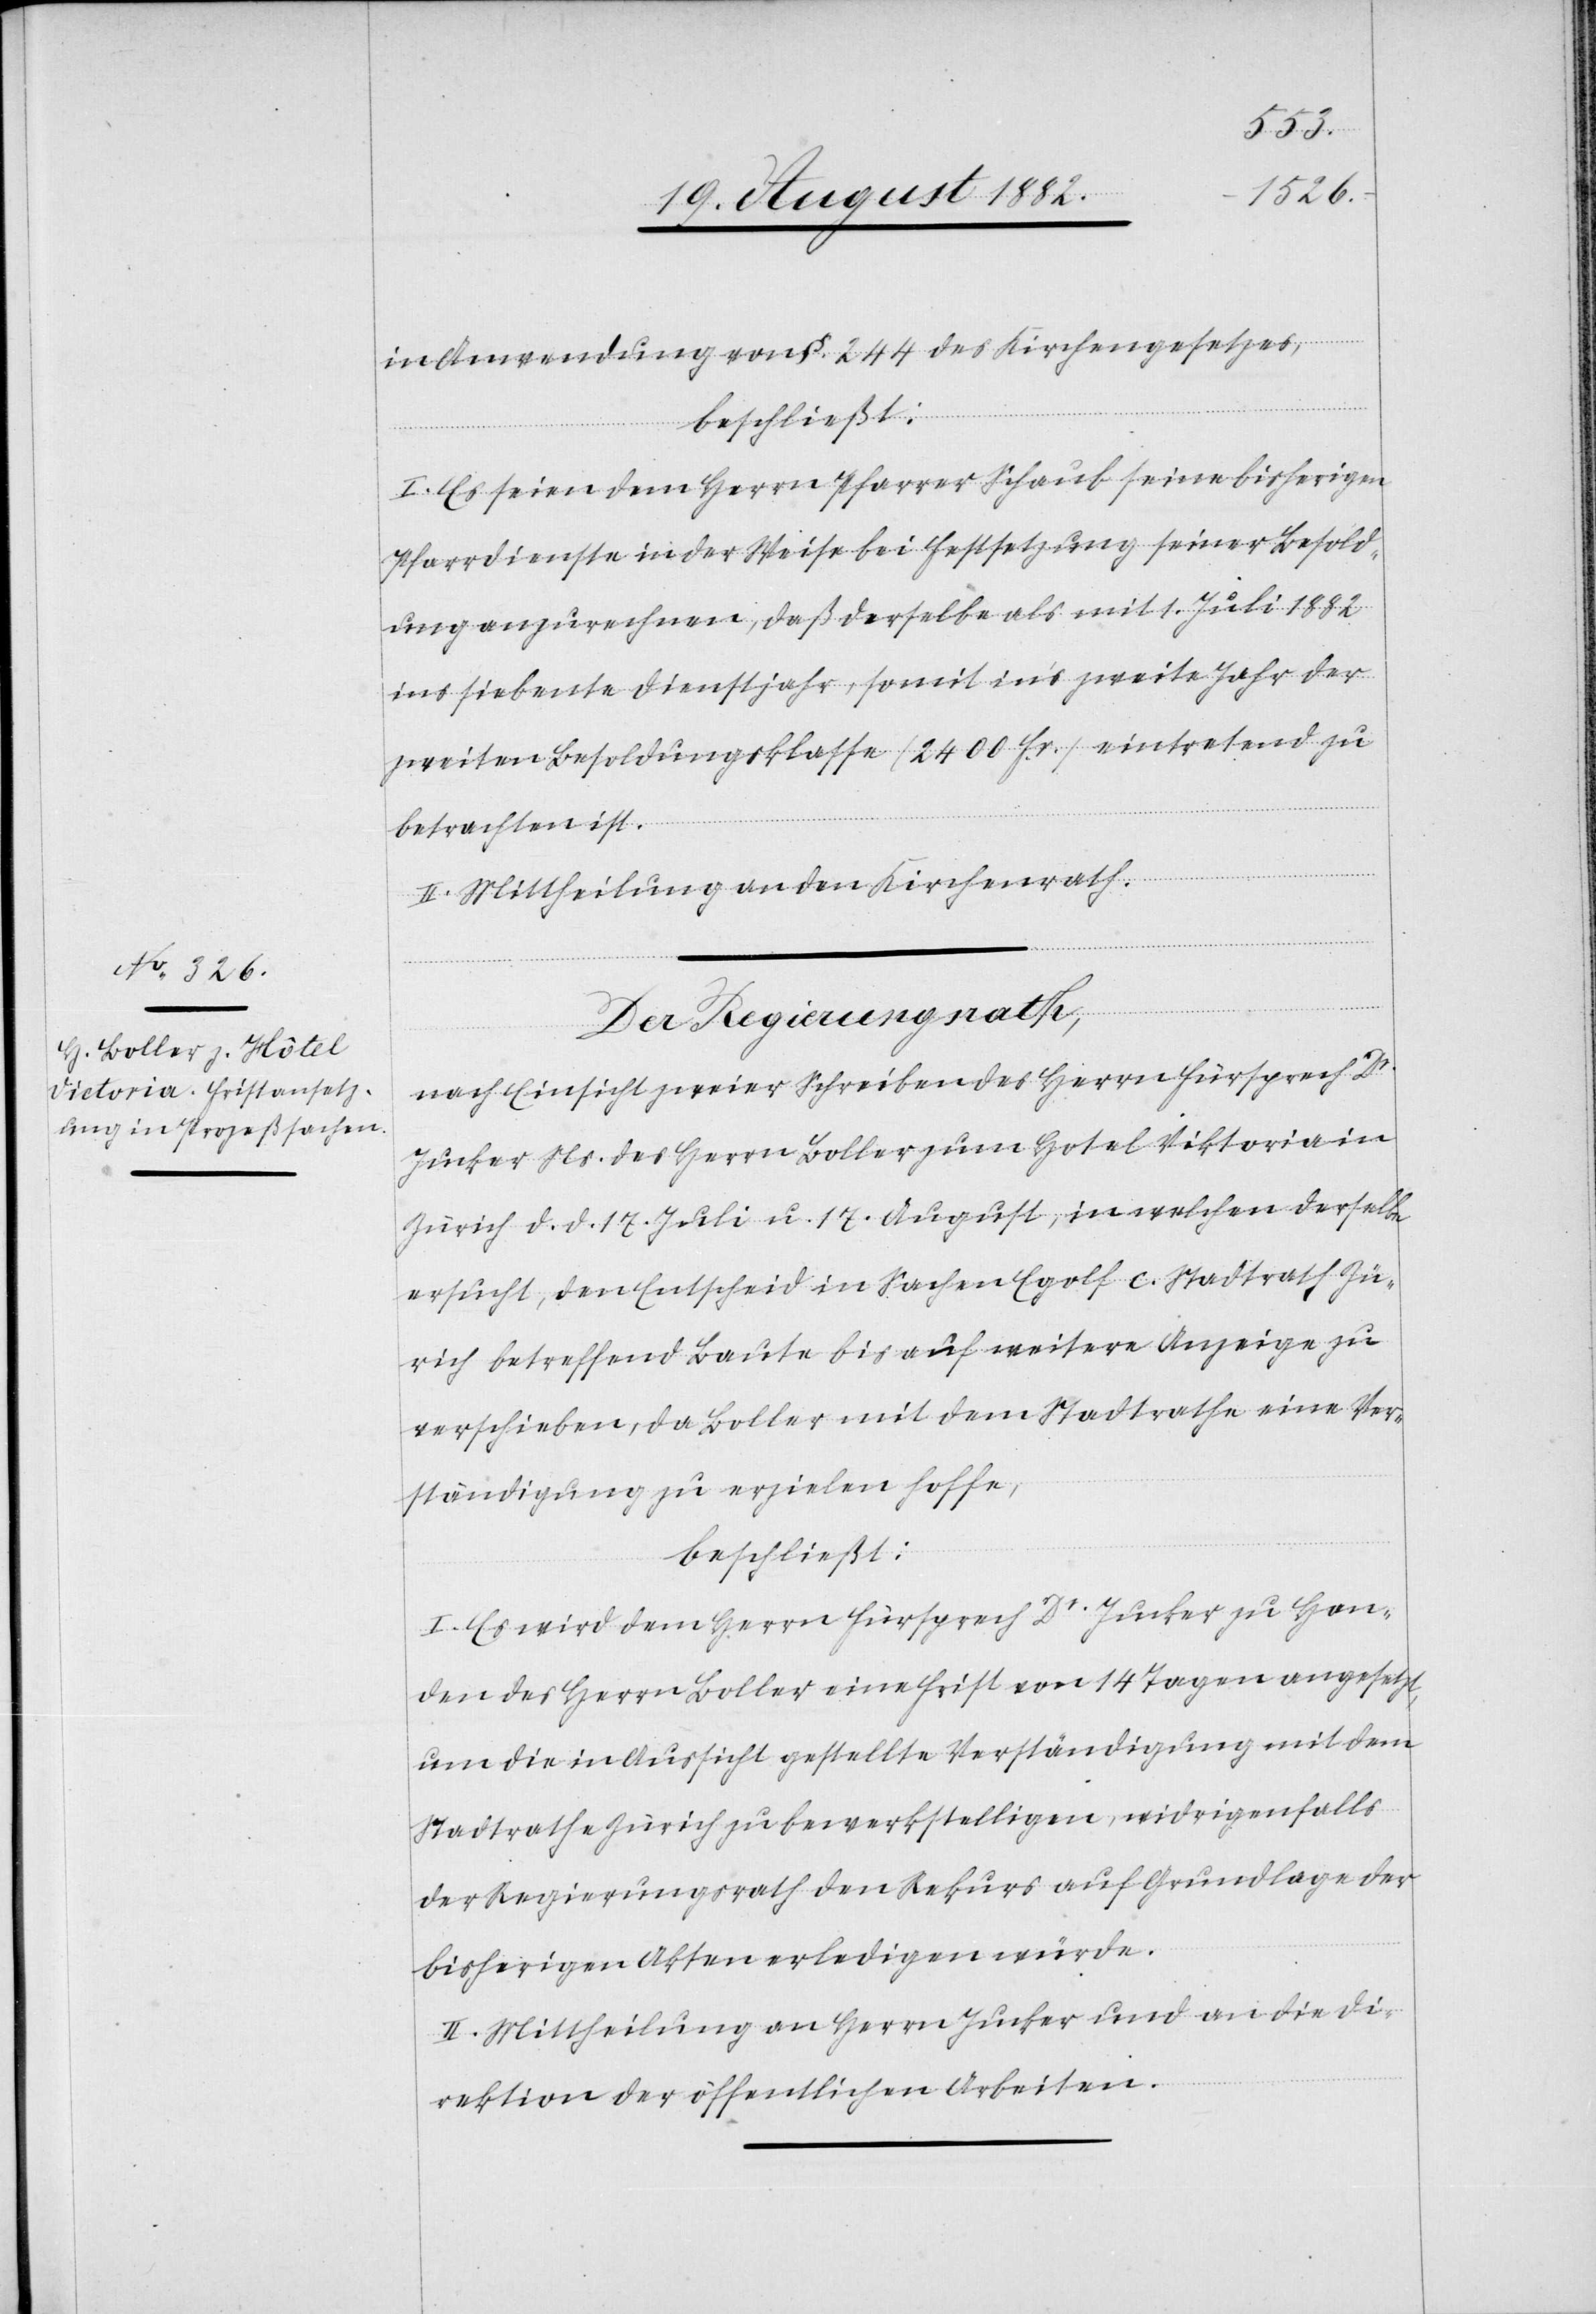
in

in Anwendung von §. 244 des Kirchengesetzes,
beschließt:
I. Es seien dem Herrn Pfarrer Schaub seine bisherigen
Pfarrdienste in der Weise bei Festsetzung seiner Besold¬
ung anzurechnen, daß derselbe als mit 1. Juli 1882
ins siebente Dienstjahr, somit in’s zweite Jahr der
zweiten Besoldungsklasse (2400 Fr.) eintretend zu
betrachten ist.
II. Mittheilung an den Kirchenrath.
Der Regierungsrath,
nach Einsicht eines Schreiben des Herrn Fürsprech Dr
Jucker Ns. des Herrn Boller zum Hotel Viktoria
Zürich d. d. 17. Juli u. 17. August, in welchen derselbe
ersucht, den Entscheid in Sachen Egolf c. Stadtrath Zü¬
rich betreffend Baute bis auf weitere Anzeige zu
verschieben, da Boller mit dem Stadtrathe eine Ver¬
ständigung zu erzielen hoffe,
beschließt:
I. Es wird dem Herrn Fürsprech Dr Jucker zu Han¬
den des Herrn Boller eine Frist von 14 Tagen angesetzt,
um die in Aussicht gestellte Verständigung mit dem
Stadtrathe Zürich zu bewerkstelligen, widrigenfalls
der Regierungsrath den Rekurs auf Grundlage der
bisherigen Akten erledigen würde.
II. Mittheilung an Herrn Jucker und an die Di¬
rektion der öffentlichen Arbeiten.